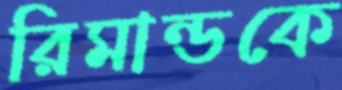
রিমান্ডকে